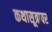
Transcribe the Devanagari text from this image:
कथासूत्रावर